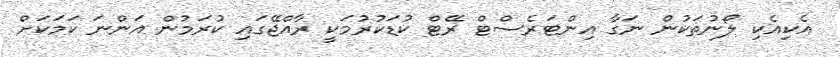
އެކިއެކި ލޯނުތަކުން ނަގާ އިންޓަރެސްޓް ރޭޓް ކުޑަކުރުމަކީ ރާއްޖޭގައި ކުރަމުން އަންނަ ކަމަކަށް